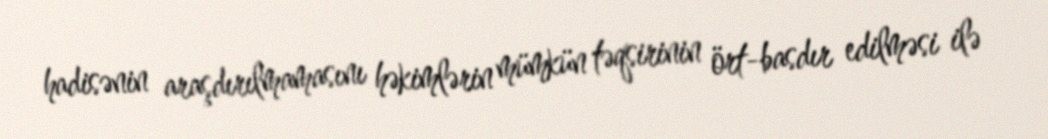
hadisənin araşdırılmamasını həkimlərin mümkün təqsirinin ört-basdır edilməsi ilə